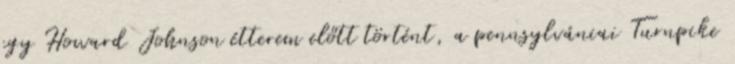
egy Howard Johnson étterem előtt történt, a pennsylvániai Turnpike